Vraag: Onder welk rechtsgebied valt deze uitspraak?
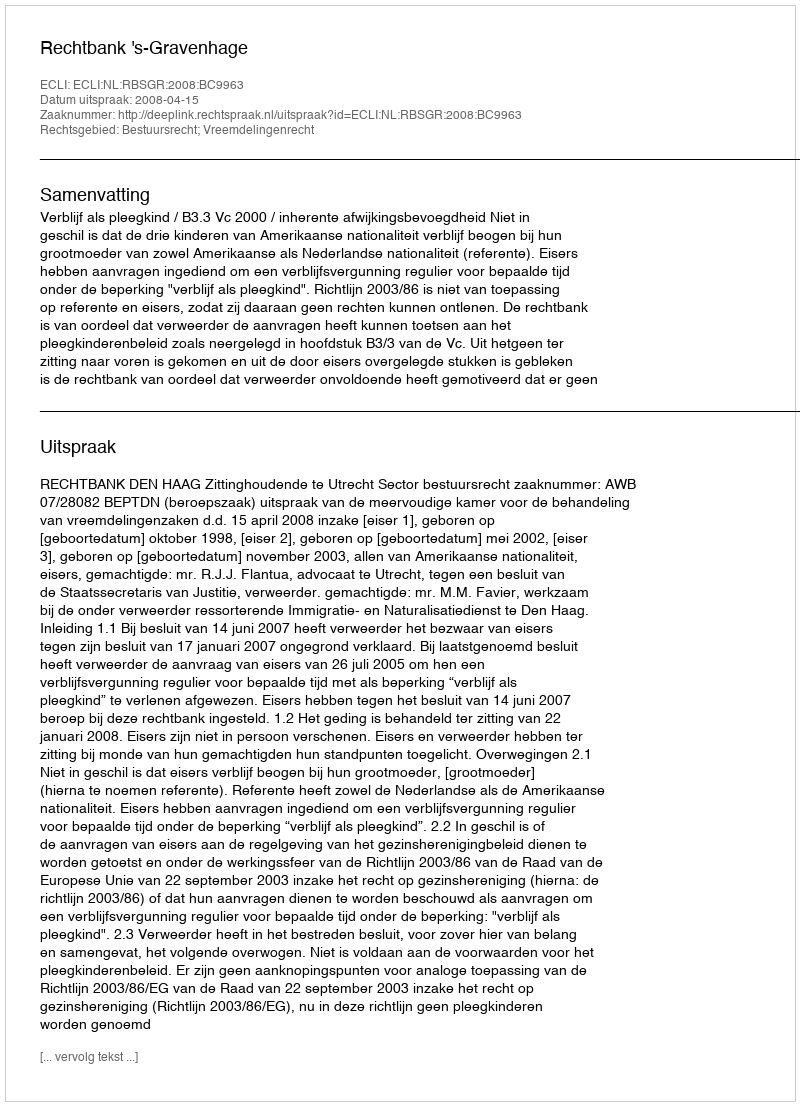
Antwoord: Bestuursrecht; Vreemdelingenrecht